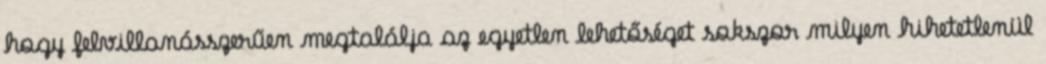
hogy felvillanásszerűen megtalálja az egyetlen lehetőséget sokszor milyen hihetetlenül